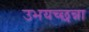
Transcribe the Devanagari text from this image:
उभयच्छन्ना